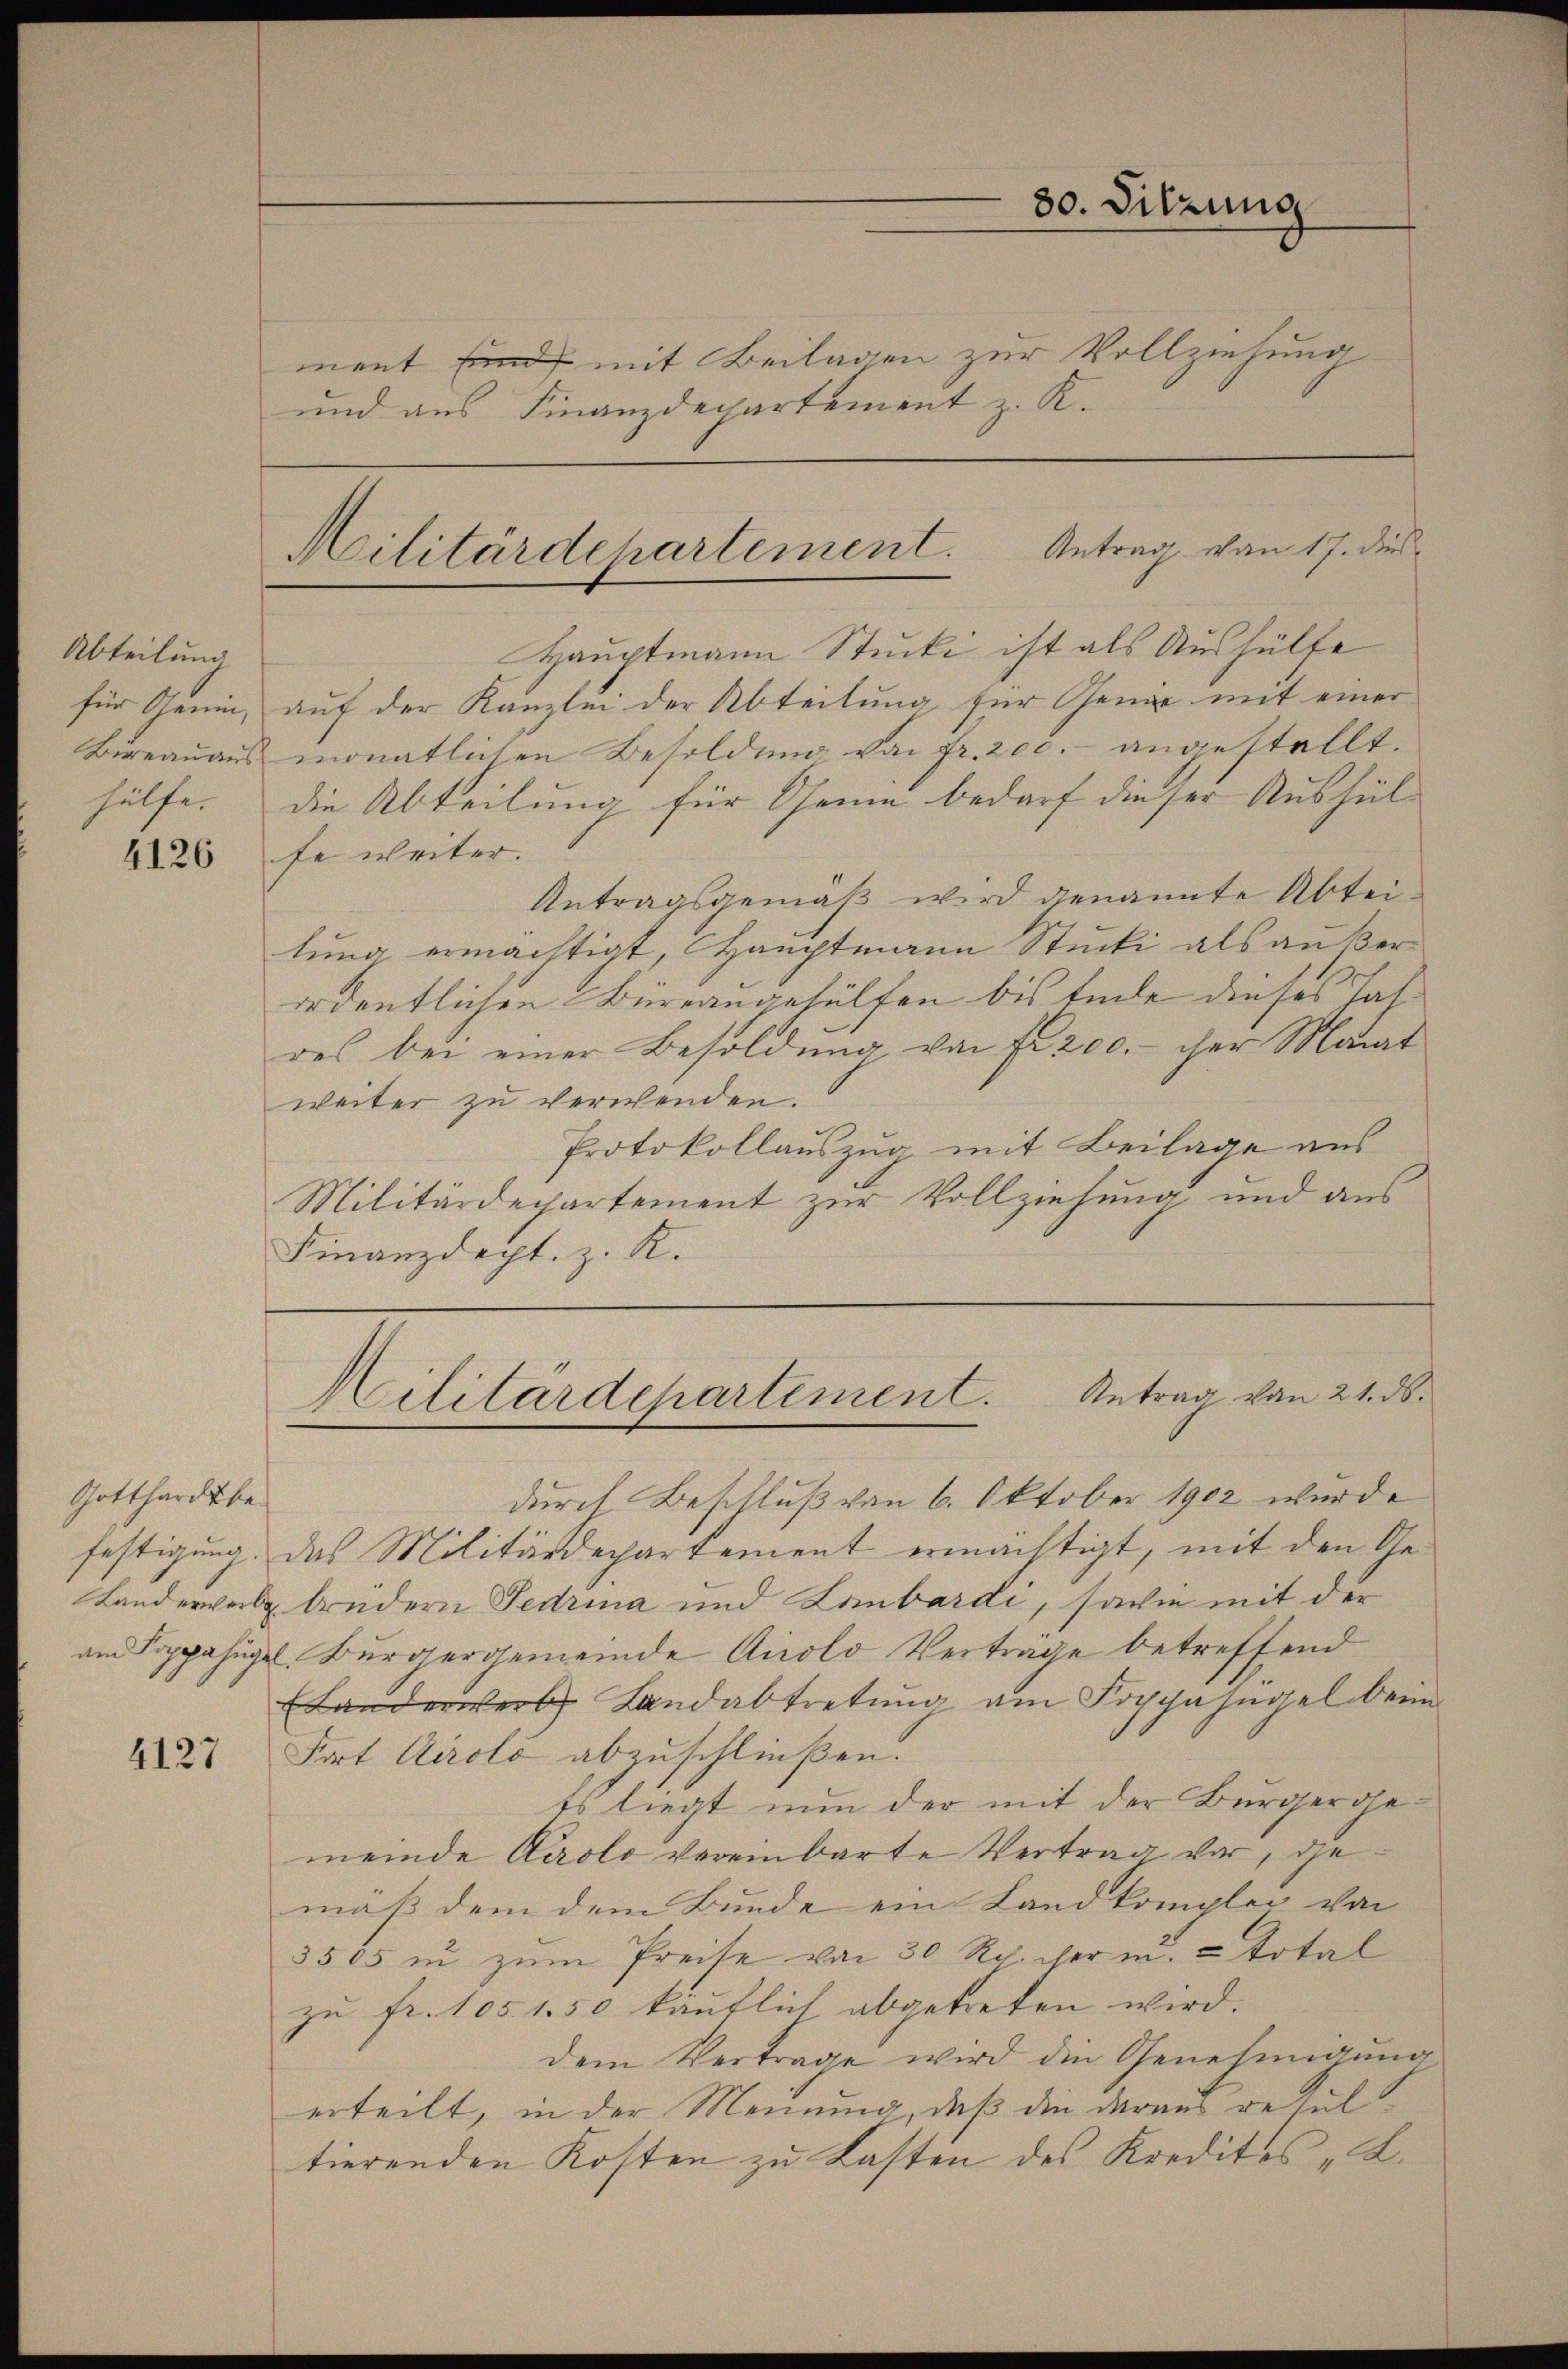
Abteilung
Bureauaus

4126

Gotthard be

4127

ment sind mit Beilagen zur Vollziehung
und aus Finanzdepartement z. R.

Militärdepartement. Antrag von 17. dies

Hauptmann Stucki ist als Aushülfe
für Remin, auf der Kanzlei der Abteilung für Genie mit einer
monatlichen Besoldung von Fr. 200.- angestellt.
hülfe. Die Abteilung für Seine bedarf dieser Aushül
fe weiter.
Antragsgemäß wird genannte Abteilung ermächtigt, Hauptmann Stucki als außerordentlichen Büreaugehülfen bis Ende dieses Jahdes bei einer Besoldung von fr. 200.- iher Monat
weiter zu verwenden.
Protokollauszug, mit Beilage aus
Militärdepartement zur Vollziehung und aus
Finanzdept. z. K.

30. Sitzung

Militärdepartement. Antrag von 21. ds.

durch Beschluß von 6. Oktober 1902 wurde
festigung. Das Militärdepartement ermächtigt, mit den Ge¬
Landerweil brüdern Fedrina und Lombardi, sowie mit der
am Koppahügel. Bürgergemeinde Airolo Verträge betreffend
ELanderwerk Landabtretung am Koppahngel beim
Fort Airolo abzuschließen.
Es liegt nun der mit der Bürgergemeinde Karolo vereinbarte Vertrag vor, gemäß dem dem Bunde ein Landkomplex von
3505 in zum Preise von 30 Rp. her u. u total
zu fr. 1051.50 käuflich abgetreten wird.
dem Vertrage wird die Genehmigŭng
erteilt, in der Meinung, daß die daraus resul
tierenden Kosten zu Lasten des Kredites L.